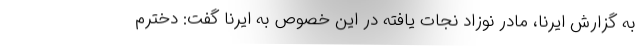
به گزارش ایرنا، مادر نوزاد نجات یافته در این خصوص به ایرنا گفت: دخترم